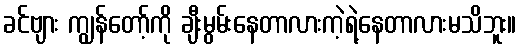
ခင်ဗျား ကျွန်တော့်ကို ချီးမွမ်းနေတာလားကဲ့ရဲ့နေတာလားမသိဘူး။